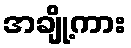
အချို့ကား